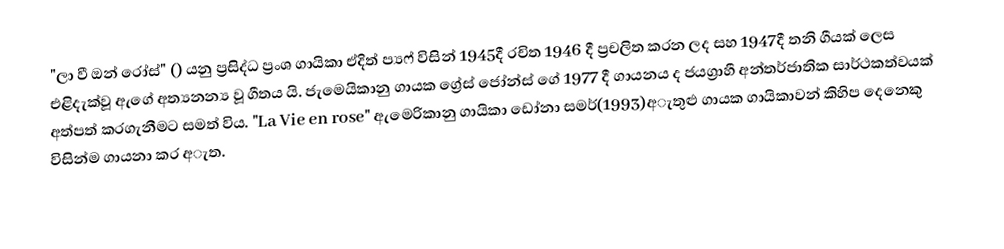
"ලා වී ඔන් රෝස්" () යනු ප්‍රසිද්ධ ප්‍රංශ ගායිකා ඒදිත් ප්‍යෆ් විසින් 1945දී රචිත 1946 දී ප්‍රචලිත කරන ලද සහ 1947දී තනි ගීයක් ලෙස එළිදැක්වූ ඇගේ අත්‍යනන්‍ය වූ ගීතය යි. ජැමෙයිකානු ගායක ග්‍රේස් ජෝන්ස් ගේ 1977 දී ගායනය ද ජයග්‍රාහී අන්තර්ජාතික සාර්ථකත්වයක් අත්පත් කරගැනීමට සමත් විය. "La Vie en rose" ඇමෙරිකානු ගායිකා ඩෝනා සමර්(1993)අැතුළු ගායක ගායිකාවන් කිහිප දෙනෙකු විසින්ම ගායනා කර අැත.